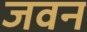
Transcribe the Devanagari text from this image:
जवन